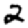
Digit: 2